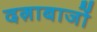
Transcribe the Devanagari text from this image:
दग़ाबाजों